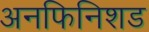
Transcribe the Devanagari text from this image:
अनफिनिशड